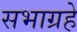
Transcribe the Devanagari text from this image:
सभाग्रहे